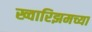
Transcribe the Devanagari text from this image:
ख्वारिझमच्या